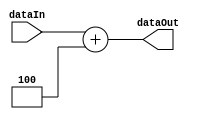
module PcLogic(dataIn, dataOut);
	parameter PC_BIT_WIDTH = 32;
	input  [PC_BIT_WIDTH - 1: 0] dataIn;
	output reg [PC_BIT_WIDTH - 1: 0] dataOut;
  
	always @(dataIn) begin
		dataOut <= dataIn + 4;
	end
endmodule